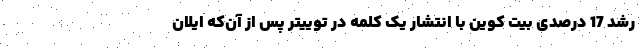
رشد 17 درصدی بیت کوین با انتشار یک کلمه در توییتر پس از آن‌که‌ ایلان